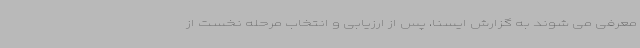
معرفی می شوند به گزارش ایسنا، پس از ارزیابی و انتخاب مرحله نخست از